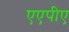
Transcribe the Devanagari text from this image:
एएपीए